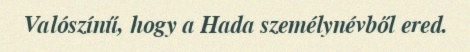
Valószínű, hogy a Hada személynévből ered.